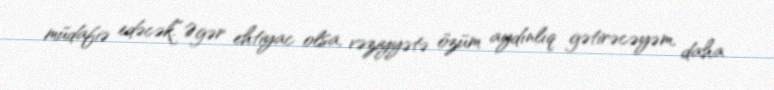
müdafiə edəcək.“Əgər ehtiyac olsa, vəziyyətə özüm aydınlıq gətirəcəyəm, daha